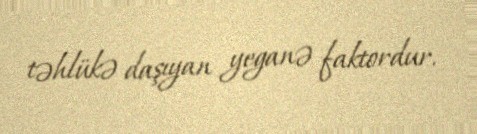
təhlükə daşıyan yeganə faktordur.